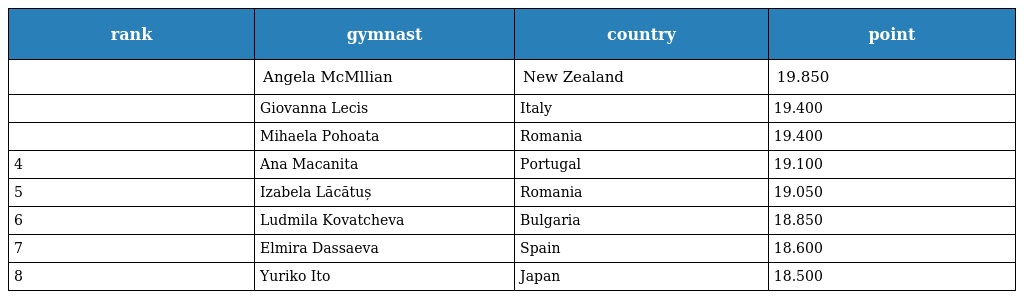
| rank | gymnast | country | point |
 | --- | --- | --- | --- |
 |  | Angela McMllian | New Zealand | 19.850 |
 |  | Giovanna Lecis | Italy | 19.400 |
 |  | Mihaela Pohoata | Romania | 19.400 |
 | 4 | Ana Macanita | Portugal | 19.100 |
 | 5 | Izabela Lăcătuș | Romania | 19.050 |
 | 6 | Ludmila Kovatcheva | Bulgaria | 18.850 |
 | 7 | Elmira Dassaeva | Spain | 18.600 |
 | 8 | Yuriko Ito | Japan | 18.500 |